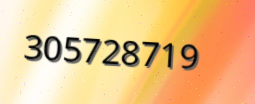
305728719